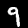
Digit: 9